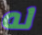
له